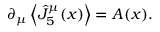
\partial _ { \mu } \left\langle \hat { J } _ { 5 } ^ { \mu } ( x ) \right\rangle = { \cal A } ( x ) .